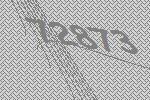
72873